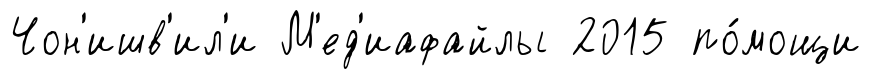
Чон'ишв'ил'и М'ед'иафайлы 2015 по́мощи